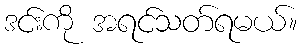
ဒင်းကို အရင်သတ်ရမယ်။